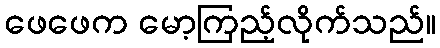
ဖေဖေက မော့ကြည့်လိုက်သည်။